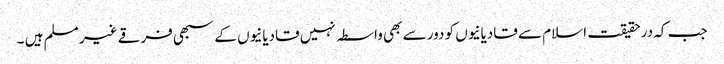
جب کہ درحقیقت اسلام سے قادیانیوں کو دور سے بھی واسطہ نہیں قادیانیوں کے سبھی فرقے غیر مسلم ہیں ۔